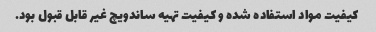
کیفیت مواد استفاده شده و کیفیت تهیه ساندویچ غیر قابل قبول بود.